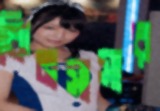
কিনসাসার